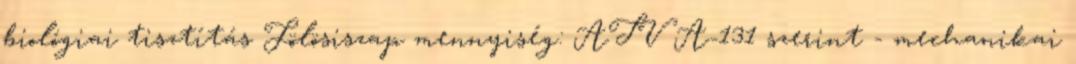
biológiai tisztítás Fölösiszap mennyiség: ATV A-131 szerint - mechanikai